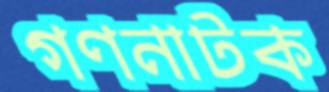
গণনাটক